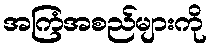
အကြံအစည်များကို